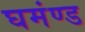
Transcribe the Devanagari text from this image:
घमंण्ड